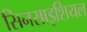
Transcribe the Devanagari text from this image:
सिनसाइशियल